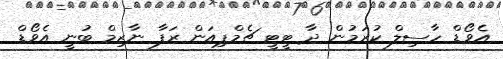
އެވޯޑް ހާސިލް ކުރަމުން ދާ ޓީޓީ ޗެމްޕިއަން ރަފާ ނާޒިމް ބުނީ އެވޯޑް